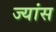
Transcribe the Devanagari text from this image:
ज्यांस